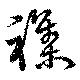
襍